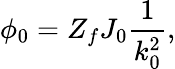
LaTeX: \phi_{0}=Z_{f}J_{0}\frac{1}{k_{0}^{2}},